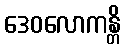
ဒေဝလောကန္တိ